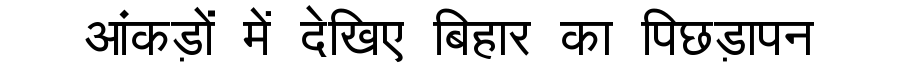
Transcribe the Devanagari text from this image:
आंकड़ों में देखिए बिहार का पिछड़ापन